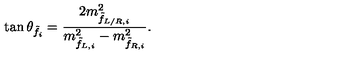
\tan \theta _ { \tilde { f } _ { i } } = \frac { 2 m _ { \tilde { f } _ { L / R , i } } ^ { 2 } } { m _ { \tilde { f } _ { L , i } } ^ { 2 } - m _ { \tilde { f } _ { R , i } } ^ { 2 } } .